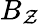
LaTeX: B_{\mathcal{Z}}